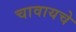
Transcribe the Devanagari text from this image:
चावायचे